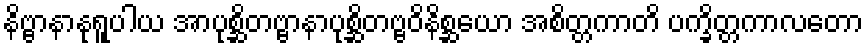
နိဗ္ဗာနာနုရူပါယ အာပုစ္ဆိတဗ္ဗာနာပုစ္ဆိတဗ္ဗဝိနိစ္ဆယော အစိတ္တကာတိ ပက္ခိတ္တကာလတော